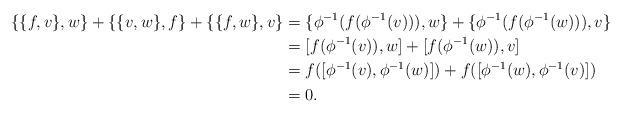
LaTeX: \begin{align*}\lbrace \lbrace f,v \rbrace ,w \rbrace +\lbrace \lbrace v,w \rbrace ,f \rbrace +\lbrace \lbrace f,w \rbrace ,v \rbrace &= \lbrace \phi^{-1}(f(\phi^{-1}(v))),w \rbrace + \lbrace \phi^{-1}(f(\phi^{-1}(w))),v \rbrace\\&=[f(\phi^{-1}(v)),w]+[f(\phi^{-1}(w)),v]\\&=f([\phi^{-1}(v),\phi^{-1}(w)])+f([\phi^{-1}(w),\phi^{-1}(v)])\\&=0.\end{align*}